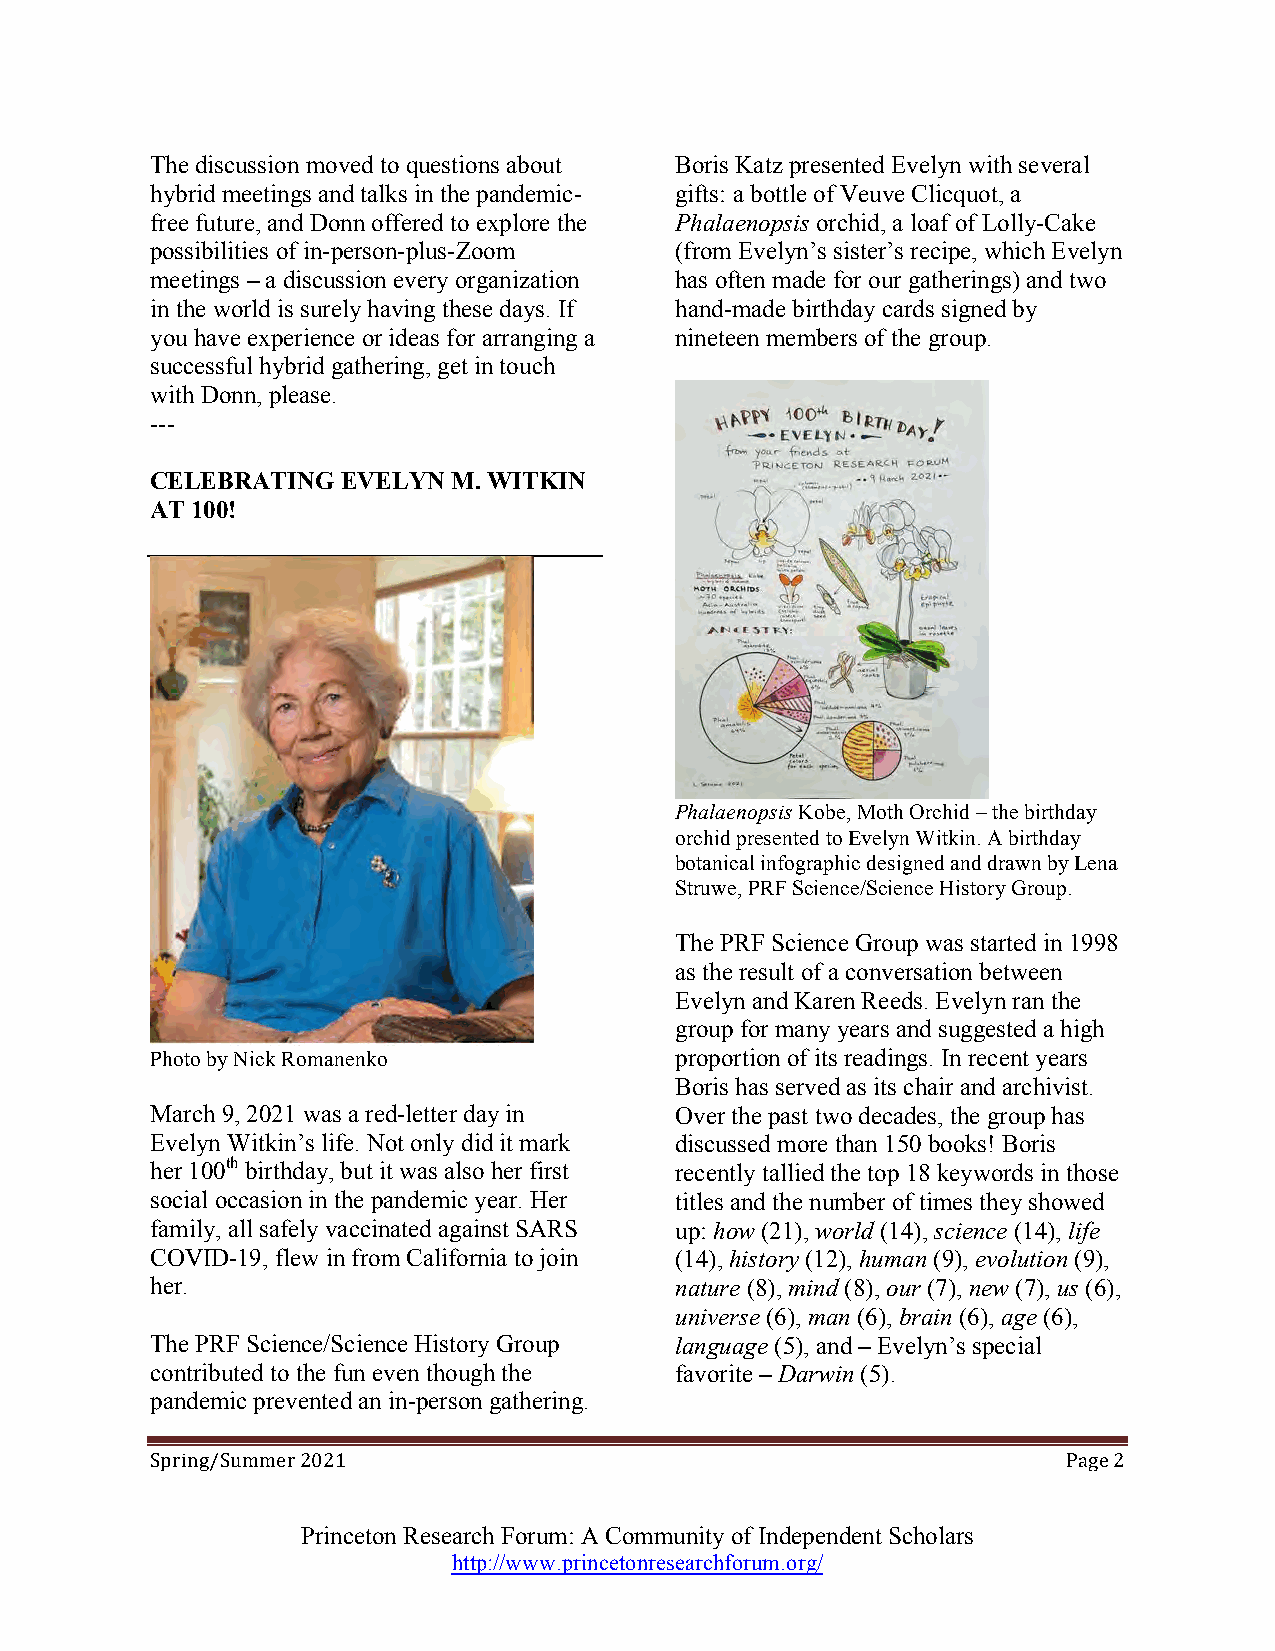
The discussion moved to questions about Boris Katz presented Evelyn with several
 hybrid meetings and talks in the pandemic- gifts: a bottle of Veuve Clicquot, a
 free future, and Donn offered to explore the Phalaenopsis orchid, a loaf of Lolly-Cake
 possibilities of in-person-plus-Zoom (from Evelyn’s sister’s recipe, which Evelyn
 meetings – a discussion every organization has often made for our gatherings) and two
 in the world is surely having these days. If hand-made birthday cards signed by
 you have experience or ideas for arranging a nineteen members of the group.
 successful hybrid gathering, get in touch
 with Donn, please.
 ---
 CELEBRATING  EVELYN M. WITKIN
 AT 100!
 Phalaenopsis Kobe, Moth Orchid – the birthday
 orchid presented to Evelyn Witkin. A birthday
 botanical infographic designed and drawn by Lena
 Struwe, PRF Science/Science History Group.
 The PRF Science Group was started in 1998
 as the result of a conversation between
 Evelyn and Karen Reeds. Evelyn ran the
 group for many years and suggested a high
 Photo by Nick Romanenko            proportion of its readings. In recent years
 Boris has served as its chair and archivist.
 March 9, 2021 was a red-letter day in Over the past two decades, the group has
 Evelyn Witkin’s life. Not only did it mark discussed more than 150 books! Boris
 her 100th birthday, but it was also her first recently tallied the top 18 keywords in those
 social occasion in the pandemic year. Her titles and the number of times they showed
 family, all safely vaccinated against SARS up: how (21), world (14), science (14), life
 COVID-19, flew in from California to join (14), history (12), human (9), evolution (9),
 her.                               nature (8), mind (8), our (7), new (7), us (6),
 universe (6), man (6), brain (6), age (6),
 The PRF Science/Science History Group language (5), and – Evelyn’s special
 contributed to the fun even though the favorite – Darwin (5).
 pandemic prevented an in-person gathering.
 2021                                               Page 2
 Spring/Summer
 Princeton Research Forum: A Community of Independent Scholars
 http://www.princetonresearchforum.org/